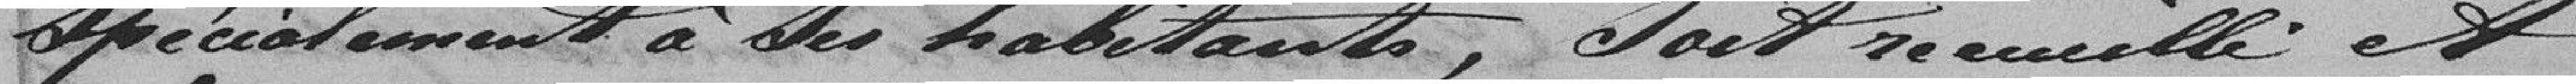
Spécialement à des habitants, doit zumill est